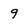
Character: 9